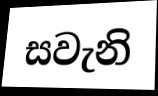
සවැනි